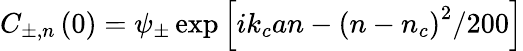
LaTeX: C_{\pm,n}\left(0\right)=\psi_{\pm}\exp\left[ik_{c}an-\left(n-n_{c}\right)^{2}/200\right]